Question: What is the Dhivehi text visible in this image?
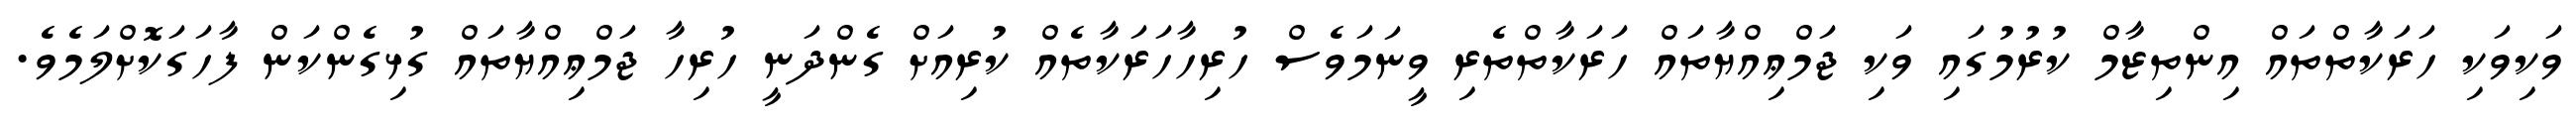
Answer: ވަކިވަކި ހަރަކާތްތައް އިންތިޒާމް ކުރުމުގައި ވަކި ޖަމްޢިއްޔާތައް ހަރަކާތްތެރި ވީނަމަވެސް ހުރިހާހަރަކާތެއް ކުރިއަށް ގެންދަނީ ހުރިހާ ޖަމްޢިއްޔާތައް ގުޅިގެންކަން ފާހަގަކޮށްލަމެވެ.